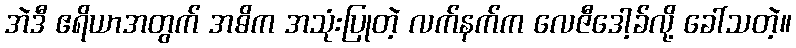
အဲဒီ ဧရိယာအတွက် အဓိက အသုံးပြုတဲ့ လက်နက်က လေဇီဒေါ့ခ်လို့ ခေါ်သတဲ့။